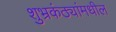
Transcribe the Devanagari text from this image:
शुभ्रकंठ्यांमधील